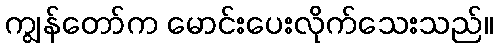
ကျွန်တော်က မောင်းပေးလိုက်သေးသည်။